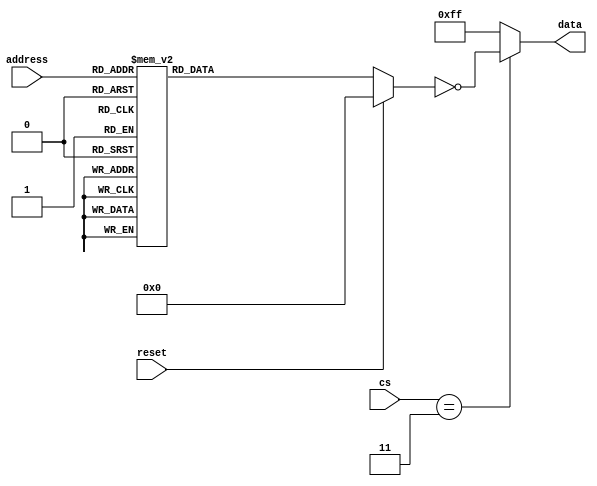
`timescale 1ns / 1ps
//////////////////////////////////////////////////////////////////////////////////
// Company:        MossbauerLab, EasySoft
// 
// Design Name: 
// Module Name:    dig_machine_ip3604
// Project Name:   sm2201_interface_board
// Target Devices: 
// Tool versions:  Quartus 12.1 sp1
// Description:    A Memory state (dump) of programmed IP3604 (5565)
//
// Dependencies: 
//
// Revision: 
// Revision 1.0
// Additional Comments: TODO: move to SystemVerilog due to i can't init array
//
//////////////////////////////////////////////////////////////////////////////////
module dig_machine_ip3604(
    input wire reset,
    input wire [8:0] address,
    input wire [3:0] cs,
    output wire [7:0] data
);

reg[7:0] selected_data;

assign data = cs == 4'b0011 ? ~selected_data : 8'b11111111; // i don't actually know inverted or not!

always @(*)
begin
    if (reset == 1'b0)
    begin
    case (address)
        0: selected_data = 8'b00001001;
        1: selected_data = 8'b10100010;
        2: selected_data = 8'b00100010;
        3: selected_data = 8'b10100011;
        4: selected_data = 8'b10100011;
        5: selected_data = 8'b00100010;
        6: selected_data = 8'b00100010;
        7: selected_data = 8'b10100011;
        8: selected_data = 8'b10100011;
        9: selected_data = 8'b10100010;
        10: selected_data = 8'b00100010;
        11: selected_data = 8'b10100010;
        12: selected_data = 8'b10100010;
        13: selected_data = 8'b10100010;
        14: selected_data = 8'b00100010;
        15: selected_data = 8'b10100010;
        16: selected_data = 8'b10100011;
        17: selected_data = 8'b10100010;
        18: selected_data = 8'b00100010;
        19: selected_data = 8'b00100101;
        20: selected_data = 8'b10100011;
        21: selected_data = 8'b00100010;
        22: selected_data = 8'b00100010;
        23: selected_data = 8'b00100101;
        24: selected_data = 8'b10100011;
        25: selected_data = 8'b10100010;
        26: selected_data = 8'b00100010;
        27: selected_data = 8'b10100010;
        28: selected_data = 8'b10100010;
        29: selected_data = 8'b10100010;
        30: selected_data = 8'b00100010;
        31: selected_data = 8'b10100010;
        32: selected_data = 8'b10000010;
        33: selected_data = 8'b10100010;
        34: selected_data = 8'b00100010;
        35: selected_data = 8'b10100011;
        36: selected_data = 8'b11100001;
        37: selected_data = 8'b11100001;
        38: selected_data = 8'b00100010;
        39: selected_data = 8'b10100011;
        40: selected_data = 8'b10110010;
        41: selected_data = 8'b10100010;
        42: selected_data = 8'b00100010;
        43: selected_data = 8'b10100010;
        44: selected_data = 8'b10100010;
        45: selected_data = 8'b10100010;
        46: selected_data = 8'b00100010;
        47: selected_data = 8'b10100010;
        48: selected_data = 8'b10000010;
        49: selected_data = 8'b10100010;
        50: selected_data = 8'b00100010;
        51: selected_data = 8'b00100101;
        52: selected_data = 8'b11100001;
        53: selected_data = 8'b11100001;
        54: selected_data = 8'b00100010;
        55: selected_data = 8'b00100101;
        56: selected_data = 8'b10110010;
        57: selected_data = 8'b10100010;
        58: selected_data = 8'b00100010;
        59: selected_data = 8'b10100010;
        60: selected_data = 8'b10100010;
        61: selected_data = 8'b10100010;
        62: selected_data = 8'b00100010;
        63: selected_data = 8'b10100010;
        64: selected_data = 8'b10100010;
        65: selected_data = 8'b10100010;
        66: selected_data = 8'b00100010;
        67: selected_data = 8'b10100010;
        68: selected_data = 8'b10100010;
        69: selected_data = 8'b00100010;
        70: selected_data = 8'b00100010;
        71: selected_data = 8'b10100010;
        72: selected_data = 8'b10100010;
        73: selected_data = 8'b10100010;
        74: selected_data = 8'b00100010;
        75: selected_data = 8'b10100010;
        76: selected_data = 8'b10100010;
        77: selected_data = 8'b10100010;
        78: selected_data = 8'b00100010;
        79: selected_data = 8'b10100010;
        80: selected_data = 8'b10100010;
        81: selected_data = 8'b10100010;
        82: selected_data = 8'b00100010;
        83: selected_data = 8'b10100010;
        84: selected_data = 8'b10100010;
        85: selected_data = 8'b00100010;
        86: selected_data = 8'b00100010;
        87: selected_data = 8'b10100010;
        88: selected_data = 8'b10100010;
        89: selected_data = 8'b10100010;
        90: selected_data = 8'b00100010;
        91: selected_data = 8'b10100010;
        92: selected_data = 8'b10100010;
        93: selected_data = 8'b10100010;
        94: selected_data = 8'b00100010;
        95: selected_data = 8'b10100010;
        96: selected_data = 8'b10000010;
        97: selected_data = 8'b10100010;
        98: selected_data = 8'b00100010;
        99: selected_data = 8'b10100010;
        100: selected_data = 8'b10100010;
        101: selected_data = 8'b00100010;
        102: selected_data = 8'b00100010;
        103: selected_data = 8'b10100010;
        104: selected_data = 8'b10110010;
        105: selected_data = 8'b10100010;
        106: selected_data = 8'b00100010;
        107: selected_data = 8'b10100010;
        108: selected_data = 8'b10100010;
        109: selected_data = 8'b10100010;
        110: selected_data = 8'b00100010;
        111: selected_data = 8'b10100010;
        112: selected_data = 8'b10000010;
        113: selected_data = 8'b10100010;
        114: selected_data = 8'b00100010;
        115: selected_data = 8'b10100010;
        116: selected_data = 8'b10100010;
        117: selected_data = 8'b00100010;
        118: selected_data = 8'b00100010;
        119: selected_data = 8'b10100010;
        120: selected_data = 8'b10110010;
        121: selected_data = 8'b10100010;
        122: selected_data = 8'b00100010;
        123: selected_data = 8'b10100010;
        124: selected_data = 8'b10100010;
        125: selected_data = 8'b10100010;
        126: selected_data = 8'b00100010;
        127: selected_data = 8'b10100010;
        128: selected_data = 8'b10100011;
        129: selected_data = 8'b10100010;
        130: selected_data = 8'b01100010;
        131: selected_data = 8'b10100011;
        132: selected_data = 8'b10100011;
        133: selected_data = 8'b01110010;
        134: selected_data = 8'b01100010;
        135: selected_data = 8'b10100011;
        136: selected_data = 8'b10101010;
        137: selected_data = 8'b10100010;
        138: selected_data = 8'b01100010;
        139: selected_data = 8'b10101010;
        140: selected_data = 8'b10100010;
        141: selected_data = 8'b10100010;
        142: selected_data = 8'b01100010;
        143: selected_data = 8'b10100010;
        144: selected_data = 8'b10100011;
        145: selected_data = 8'b10100010;
        146: selected_data = 8'b01100010;
        147: selected_data = 8'b00100101;
        148: selected_data = 8'b10100011;
        149: selected_data = 8'b01110010;
        150: selected_data = 8'b01100010;
        151: selected_data = 8'b00100101;
        152: selected_data = 8'b10101010;
        153: selected_data = 8'b10100010;
        154: selected_data = 8'b01100010;
        155: selected_data = 8'b00101100;
        156: selected_data = 8'b10100010;
        157: selected_data = 8'b10100010;
        158: selected_data = 8'b01100010;
        159: selected_data = 8'b10100010;
        160: selected_data = 8'b10100010;
        161: selected_data = 8'b10100010;
        162: selected_data = 8'b01100010;
        163: selected_data = 8'b10100011;
        164: selected_data = 8'b11100001;
        165: selected_data = 8'b11100001;
        166: selected_data = 8'b01100010;
        167: selected_data = 8'b10100011;
        168: selected_data = 8'b10101010;
        169: selected_data = 8'b10100010;
        170: selected_data = 8'b01100010;
        171: selected_data = 8'b10101010;
        172: selected_data = 8'b10100010;
        173: selected_data = 8'b10100010;
        174: selected_data = 8'b01100010;
        175: selected_data = 8'b10100010;
        176: selected_data = 8'b10100010;
        177: selected_data = 8'b10100010;
        178: selected_data = 8'b01100010;
        179: selected_data = 8'b00100101;
        180: selected_data = 8'b11100001;
        181: selected_data = 8'b11100001;
        182: selected_data = 8'b01100010;
        183: selected_data = 8'b00100101;
        184: selected_data = 8'b10101010;
        185: selected_data = 8'b10100010;
        186: selected_data = 8'b01100010;
        187: selected_data = 8'b00101100;
        188: selected_data = 8'b10100010;
        189: selected_data = 8'b10100010;
        190: selected_data = 8'b01100010;
        191: selected_data = 8'b10100010;
        192: selected_data = 8'b10100010;
        193: selected_data = 8'b10100010;
        194: selected_data = 8'b01100010;
        195: selected_data = 8'b10100010;
        196: selected_data = 8'b10100010;
        197: selected_data = 8'b01110010;
        198: selected_data = 8'b01100010;
        199: selected_data = 8'b10100010;
        200: selected_data = 8'b10101010;
        201: selected_data = 8'b10100010;
        202: selected_data = 8'b01100010;
        203: selected_data = 8'b10101010;
        204: selected_data = 8'b10100010;
        205: selected_data = 8'b10100010;
        206: selected_data = 8'b01100010;
        207: selected_data = 8'b10100010;
        208: selected_data = 8'b10100010;
        209: selected_data = 8'b10100010;
        210: selected_data = 8'b01100010;
        211: selected_data = 8'b10100010;
        212: selected_data = 8'b10100010;
        213: selected_data = 8'b01110010;
        214: selected_data = 8'b01100010;
        215: selected_data = 8'b10100010;
        216: selected_data = 8'b10101010;
        217: selected_data = 8'b10100010;
        218: selected_data = 8'b01100010;
        219: selected_data = 8'b00101100;
        220: selected_data = 8'b10100010;
        221: selected_data = 8'b10100010;
        222: selected_data = 8'b01100010;
        223: selected_data = 8'b10100010;
        224: selected_data = 8'b10100010;
        225: selected_data = 8'b10100010;
        226: selected_data = 8'b01100010;
        227: selected_data = 8'b10100010;
        228: selected_data = 8'b10100010;
        229: selected_data = 8'b01100010;
        230: selected_data = 8'b01100010;
        231: selected_data = 8'b10100010;
        232: selected_data = 8'b10101010;
        233: selected_data = 8'b10100010;
        234: selected_data = 8'b01100010;
        235: selected_data = 8'b10101010;
        236: selected_data = 8'b10100010;
        237: selected_data = 8'b10100010;
        238: selected_data = 8'b01100010;
        239: selected_data = 8'b10100010;
        240: selected_data = 8'b10100010;
        241: selected_data = 8'b10100010;
        242: selected_data = 8'b01100010;
        243: selected_data = 8'b10100010;
        244: selected_data = 8'b10100010;
        245: selected_data = 8'b01100010;
        246: selected_data = 8'b01100010;
        247: selected_data = 8'b10100010;
        248: selected_data = 8'b10101010;
        249: selected_data = 8'b10100010;
        250: selected_data = 8'b01100010;
        251: selected_data = 8'b00101100;
        252: selected_data = 8'b10100010;
        253: selected_data = 8'b10100010;
        254: selected_data = 8'b01100010;
        255: selected_data = 8'b10100010;
        256: selected_data = 8'b10100010;
        257: selected_data = 8'b10100010;
        258: selected_data = 8'b00100010;
        259: selected_data = 8'b10100010;
        260: selected_data = 8'b10100010;
        261: selected_data = 8'b10100010;
        262: selected_data = 8'b00100010;
        263: selected_data = 8'b10100010;
        264: selected_data = 8'b10100010;
        265: selected_data = 8'b10100010;
        266: selected_data = 8'b00100010;
        267: selected_data = 8'b10100010;
        268: selected_data = 8'b10100010;
        269: selected_data = 8'b10100010;
        270: selected_data = 8'b10100010;
        271: selected_data = 8'b10100010;
        272: selected_data = 8'b10100010;
        273: selected_data = 8'b10100010;
        274: selected_data = 8'b00100010;
        275: selected_data = 8'b10100010;
        276: selected_data = 8'b10100010;
        277: selected_data = 8'b10100010;
        278: selected_data = 8'b00100010;
        279: selected_data = 8'b10100010;
        280: selected_data = 8'b10100010;
        281: selected_data = 8'b10100010;
        282: selected_data = 8'b00100010;
        283: selected_data = 8'b10100010;
        284: selected_data = 8'b00100100;
        285: selected_data = 8'b10100010;
        286: selected_data = 8'b10100010;
        287: selected_data = 8'b00100100;
        288: selected_data = 8'b10100010;
        289: selected_data = 8'b10100010;
        290: selected_data = 8'b00100010;
        291: selected_data = 8'b10100010;
        292: selected_data = 8'b10100010;
        293: selected_data = 8'b10100010;
        294: selected_data = 8'b00100010;
        295: selected_data = 8'b10100010;
        296: selected_data = 8'b10100010;
        297: selected_data = 8'b10100010;
        298: selected_data = 8'b00100010;
        299: selected_data = 8'b10100010;
        300: selected_data = 8'b10100010;
        301: selected_data = 8'b10100010;
        302: selected_data = 8'b10100010;
        303: selected_data = 8'b10100010;
        304: selected_data = 8'b10100010;
        305: selected_data = 8'b10100010;
        306: selected_data = 8'b00100010;
        307: selected_data = 8'b10100010;
        308: selected_data = 8'b10100010;
        309: selected_data = 8'b10100010;
        310: selected_data = 8'b00100010;
        311: selected_data = 8'b10100010;
        312: selected_data = 8'b10100010;
        313: selected_data = 8'b10100010;
        314: selected_data = 8'b00100010;
        315: selected_data = 8'b10100010;
        316: selected_data = 8'b00100100;
        317: selected_data = 8'b10100010;
        318: selected_data = 8'b10100010;
        319: selected_data = 8'b00100100;
        320: selected_data = 8'b10100010;
        321: selected_data = 8'b10100010;
        322: selected_data = 8'b00100010;
        323: selected_data = 8'b10100010;
        324: selected_data = 8'b10100010;
        325: selected_data = 8'b10100010;
        326: selected_data = 8'b00100010;
        327: selected_data = 8'b10100010;
        328: selected_data = 8'b10100010;
        329: selected_data = 8'b10100010;
        330: selected_data = 8'b00100010;
        331: selected_data = 8'b10100010;
        332: selected_data = 8'b10100010;
        333: selected_data = 8'b10100010;
        334: selected_data = 8'b10100010;
        335: selected_data = 8'b10100010;
        336: selected_data = 8'b10100010;
        337: selected_data = 8'b10100010;
        338: selected_data = 8'b00100010;
        339: selected_data = 8'b10100010;
        340: selected_data = 8'b10100010;
        341: selected_data = 8'b10100010;
        342: selected_data = 8'b00100010;
        343: selected_data = 8'b10100010;
        344: selected_data = 8'b10100010;
        345: selected_data = 8'b10100010;
        346: selected_data = 8'b00100010;
        347: selected_data = 8'b10100010;
        348: selected_data = 8'b00100100;
        349: selected_data = 8'b10100010;
        350: selected_data = 8'b10100010;
        351: selected_data = 8'b00100100;
        352: selected_data = 8'b10100010;
        353: selected_data = 8'b10100010;
        354: selected_data = 8'b00100010;
        355: selected_data = 8'b10100010;
        356: selected_data = 8'b10100010;
        357: selected_data = 8'b10100010;
        358: selected_data = 8'b00100010;
        359: selected_data = 8'b10100010;
        360: selected_data = 8'b10100010;
        361: selected_data = 8'b10100010;
        362: selected_data = 8'b00100010;
        363: selected_data = 8'b10100010;
        364: selected_data = 8'b10100010;
        365: selected_data = 8'b10100010;
        366: selected_data = 8'b10100010;
        367: selected_data = 8'b10100010;
        368: selected_data = 8'b10100010;
        369: selected_data = 8'b10100010;
        370: selected_data = 8'b00100010;
        371: selected_data = 8'b10100010;
        372: selected_data = 8'b10100010;
        373: selected_data = 8'b10100010;
        374: selected_data = 8'b00100010;
        375: selected_data = 8'b10100010;
        376: selected_data = 8'b10100010;
        377: selected_data = 8'b10100010;
        378: selected_data = 8'b00100010;
        379: selected_data = 8'b10100010;
        380: selected_data = 8'b00100100;
        381: selected_data = 8'b10100010;
        382: selected_data = 8'b10100010;
        383: selected_data = 8'b00100100;
        384: selected_data = 8'b10100010;
        385: selected_data = 8'b10100010;
        386: selected_data = 8'b01100010;
        387: selected_data = 8'b10100010;
        388: selected_data = 8'b10100010;
        389: selected_data = 8'b10100010;
        390: selected_data = 8'b01100010;
        391: selected_data = 8'b10100010;
        392: selected_data = 8'b10100010;
        393: selected_data = 8'b10100010;
        394: selected_data = 8'b01100010;
        395: selected_data = 8'b10100010;
        396: selected_data = 8'b10100010;
        397: selected_data = 8'b10100010;
        398: selected_data = 8'b10100010;
        399: selected_data = 8'b10100010;
        400: selected_data = 8'b10100010;
        401: selected_data = 8'b10100010;
        402: selected_data = 8'b01100010;
        403: selected_data = 8'b10100010;
        404: selected_data = 8'b10100010;
        405: selected_data = 8'b10100010;
        406: selected_data = 8'b01100010;
        407: selected_data = 8'b10100010;
        408: selected_data = 8'b10100010;
        409: selected_data = 8'b10100010;
        410: selected_data = 8'b01100010;
        411: selected_data = 8'b10100010;
        412: selected_data = 8'b00100100;
        413: selected_data = 8'b10100010;
        414: selected_data = 8'b10100010;
        415: selected_data = 8'b00100100;
        416: selected_data = 8'b10100010;
        417: selected_data = 8'b10100010;
        418: selected_data = 8'b01100010;
        419: selected_data = 8'b10100010;
        420: selected_data = 8'b10100010;
        421: selected_data = 8'b10100010;
        422: selected_data = 8'b01100010;
        423: selected_data = 8'b10100010;
        424: selected_data = 8'b10100010;
        425: selected_data = 8'b10100010;
        426: selected_data = 8'b01100010;
        427: selected_data = 8'b10100010;
        428: selected_data = 8'b10100010;
        429: selected_data = 8'b10100010;
        430: selected_data = 8'b10100010;
        431: selected_data = 8'b10100010;
        432: selected_data = 8'b10100010;
        433: selected_data = 8'b10100010;
        434: selected_data = 8'b01100010;
        435: selected_data = 8'b10100010;
        436: selected_data = 8'b10100010;
        437: selected_data = 8'b10100010;
        438: selected_data = 8'b01100010;
        439: selected_data = 8'b10100010;
        440: selected_data = 8'b10100010;
        441: selected_data = 8'b10100010;
        442: selected_data = 8'b01100010;
        443: selected_data = 8'b10100010;
        444: selected_data = 8'b00100100;
        445: selected_data = 8'b10100010;
        446: selected_data = 8'b10100010;
        447: selected_data = 8'b00100100;
        448: selected_data = 8'b10100010;
        449: selected_data = 8'b10100010;
        450: selected_data = 8'b01100010;
        451: selected_data = 8'b10100010;
        452: selected_data = 8'b10100010;
        453: selected_data = 8'b10100010;
        454: selected_data = 8'b01100010;
        455: selected_data = 8'b10100010;
        456: selected_data = 8'b10100010;
        457: selected_data = 8'b10100010;
        458: selected_data = 8'b01100010;
        459: selected_data = 8'b10100010;
        460: selected_data = 8'b10100010;
        461: selected_data = 8'b10100010;
        462: selected_data = 8'b10100010;
        463: selected_data = 8'b10100010;
        464: selected_data = 8'b10100010;
        465: selected_data = 8'b10100010;
        466: selected_data = 8'b01100010;
        467: selected_data = 8'b10100010;
        468: selected_data = 8'b10100010;
        469: selected_data = 8'b10100010;
        470: selected_data = 8'b01100010;
        471: selected_data = 8'b10100010;
        472: selected_data = 8'b10100010;
        473: selected_data = 8'b10100010;
        474: selected_data = 8'b01100010;
        475: selected_data = 8'b10100010;
        476: selected_data = 8'b00100100;
        477: selected_data = 8'b10100010;
        478: selected_data = 8'b10100010;
        479: selected_data = 8'b00100100;
        480: selected_data = 8'b10100010;
        481: selected_data = 8'b10100010;
        482: selected_data = 8'b01100010;
        483: selected_data = 8'b10100010;
        484: selected_data = 8'b10100010;
        485: selected_data = 8'b10100010;
        486: selected_data = 8'b01100010;
        487: selected_data = 8'b10100010;
        488: selected_data = 8'b10100010;
        489: selected_data = 8'b10100010;
        490: selected_data = 8'b01100010;
        491: selected_data = 8'b10100010;
        492: selected_data = 8'b10100010;
        493: selected_data = 8'b10100010;
        494: selected_data = 8'b10100010;
        495: selected_data = 8'b10100010;
        496: selected_data = 8'b10100010;
        497: selected_data = 8'b10100010;
        498: selected_data = 8'b01100010;
        499: selected_data = 8'b10100010;
        500: selected_data = 8'b10100010;
        501: selected_data = 8'b10100010;
        502: selected_data = 8'b01100010;
        503: selected_data = 8'b10100010;
        504: selected_data = 8'b10100010;
        505: selected_data = 8'b10100010;
        506: selected_data = 8'b01100010;
        507: selected_data = 8'b10100010;
        508: selected_data = 8'b00100100;
        509: selected_data = 8'b10100010;
        510: selected_data = 8'b10100010;
        511: selected_data = 8'b00100100;
        default: selected_data = 8'b00000000;
    endcase
    end
    else
    begin
        selected_data = 8'b00000000;
    end
end

endmodule